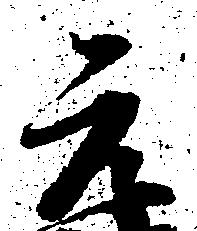
元